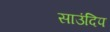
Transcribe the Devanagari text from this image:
साउंदिप